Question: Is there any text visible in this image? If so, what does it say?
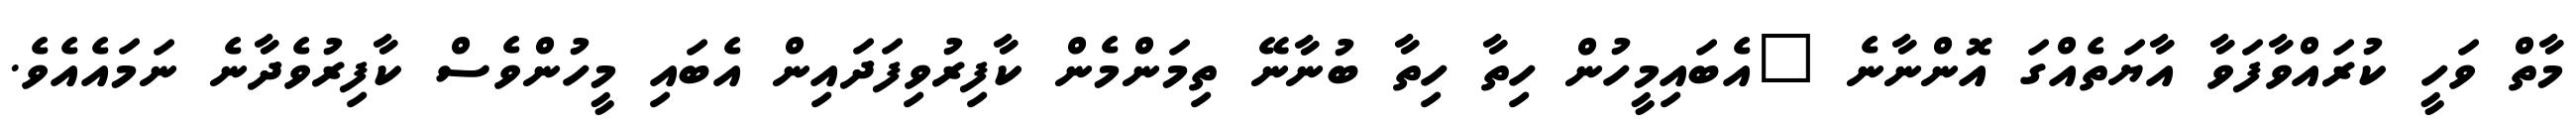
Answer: މާތް ވަހީ ކުރައްވާފަވާ އާޔަތެއްގަ އޮންނާނެ "އެބައިމީހުން ހިތާ ހިތާ ބުނާނޭ ތިމަންމެން ކާފިރުވިފަދައިން އެބައި މީހުންވެސް ކާފިރުވެދާނެ ނަމައެއެވެ.